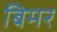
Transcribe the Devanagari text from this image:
बिमर